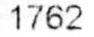
1762